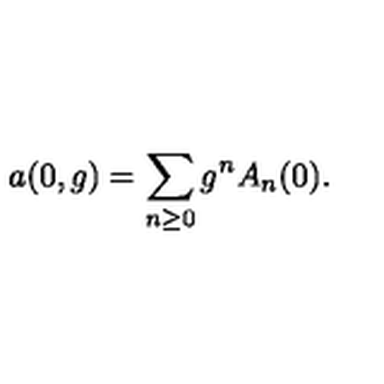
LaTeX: a ( 0 , g ) = \sum _ { n \geq 0 } g ^ { n } A _ { n } ( 0 ) .